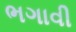
ભગાવી